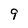
Character: 9